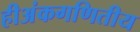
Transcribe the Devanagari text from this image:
हीअंकगणितीय